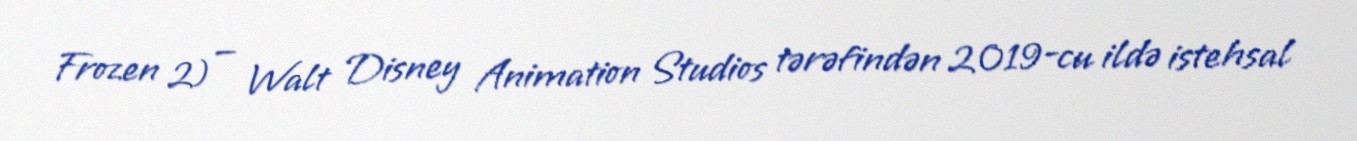
Frozen 2) — Walt Disney Animation Studios tərəfindən 2019-cu ildə istehsal